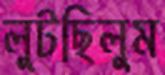
লুটছিলুম